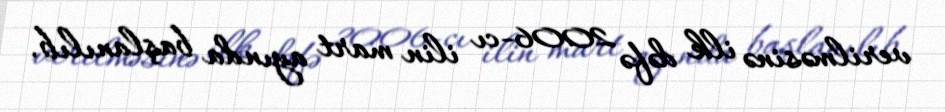
verilməsinə ilk dəfə 2006-cı ilin mart ayında başlanılıb.